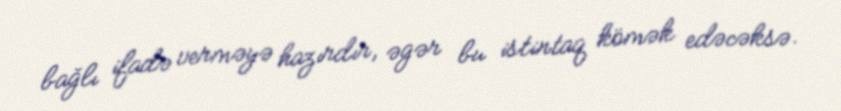
bağlı ifadə verməyə hazırdır, əgər bu istintaq kömək edəcəksə.